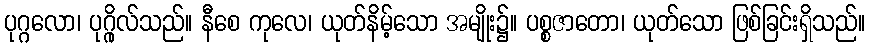
ပုဂ္ဂလော၊ ပုဂ္ဂိုလ်သည်။ နီစေ ကုလေ၊ ယုတ်နိမ့်သော အမျိုး၌။ ပစ္စဇာတော၊ ယုတ်သော ဖြစ်ခြင်းရှိသည်။